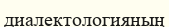
диалектологияның